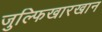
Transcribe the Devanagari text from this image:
जुल्फिखारखान